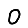
Digit: 0